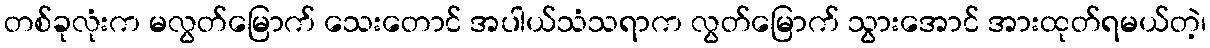
တစ်ခုလုံးက မလွတ်မြောက် သေးတောင် အပါယ်သံသရာက လွတ်မြောက် သွားအောင် အားထုတ်ရမယ်တဲ့၊